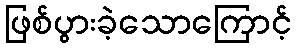
ဖြစ်ပွားခဲ့သောကြောင့်